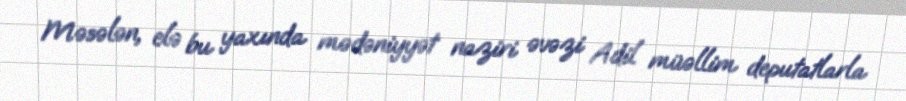
Məsələn, elə bu yaxında mədəniyyət naziri əvəzi Adil müəllim deputatlarla